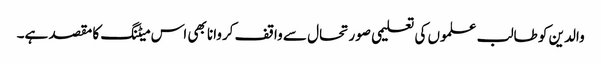
والدین کو طالب علموں کی تعلیمی صورتحال سے واقف کروانا بھی اس میٹنگ کا مقصد ہے۔